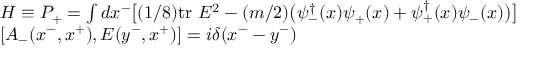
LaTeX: \begin{array} { l } { { H \equiv P _ { + } = \int d x ^ { - } \big [ ( 1 / 8 ) \mathrm { t r } ~ E ^ { 2 } - ( m / 2 ) \big ( \psi _ { - } ^ { \dagger } ( x ) \psi _ { + } ( x ) + \psi _ { + } ^ { \dagger } ( x ) \psi _ { - } ( x ) \big ) \big ] } } \\ { { \left[ A _ { - } ( x ^ { - } , x ^ { + } ) , E ( y ^ { - } , x ^ { + } ) \right] = i \delta ( x ^ { - } - y ^ { - } ) } } \end{array}